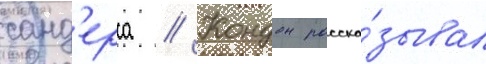
санд'ерса // Кондон расска́зывал